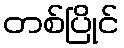
တစ်ပြိုင်